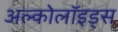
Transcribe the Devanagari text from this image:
अल्कोलॉइड्स